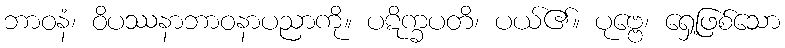
ဘာဝနံ၊ ဝိပဿနာဘာဝနာပညာကို။ ပဋိက္ခပတိ၊ ပယ်၏။ ပုဗ္ဗေ၊ ရှေ့ဖြစ်သော